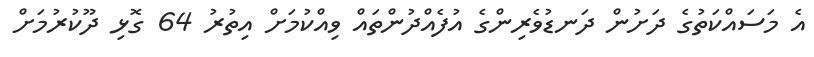
އެ މަސައްކަތުގެ ދަށުން ދަނޑުވެރިންގެ އުފެއްދުންތައް ވިއްކުމަށް އިތުރު 64 ގޮޅި ދޫކުރުމަށް